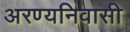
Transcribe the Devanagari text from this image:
अरण्यनिवासी